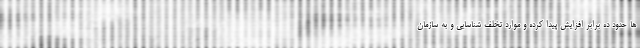
ها حدود ده برابر افزایش پیدا کرده و موارد تخلف شناسایی و به سازمان